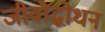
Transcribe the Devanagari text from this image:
जीवोद्बोधन